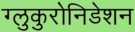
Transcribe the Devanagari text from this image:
ग्लुकुरोनिडेशन